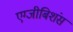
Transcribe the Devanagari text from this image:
एग्जीबिशंस